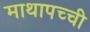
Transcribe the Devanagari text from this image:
माथापच्‍ची